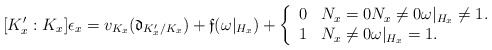
\begin{align*} [K'_x : K_x] \epsilon_x = v_{K_x} ( \mathfrak{d}_{K'_x/K_x} ) + \mathfrak{f}(\omega|_{H_x}) + \left\{ \begin{array}{ll} 0 & N_x = 0 N_x \neq 0 \omega|_{H_x} \neq 1. \\ 1 & N_x \neq 0 \omega|_{H_x} = 1. \end{array}\right. \end{align*}